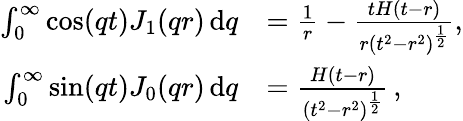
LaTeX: \begin{array}{rl}{\int_{0}^{\infty}\cos(qt)J_{1}(qr)\, \mathrm{d}q}&{=\frac{1}{r}-\frac{tH(t-r)}{r\left(t^{2}-r^{2}\right)^{\frac{1}{2}}},}\\ {\int_{0}^{\infty}\sin(qt)J_{0}(qr)\, \mathrm{d}q}&{=\frac{H(t-r)}{\left(t^{2}-r^{2}\right)^{\frac{1}{2}}}\, ,}\end{array}